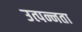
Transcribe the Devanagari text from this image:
उत्पन्नता